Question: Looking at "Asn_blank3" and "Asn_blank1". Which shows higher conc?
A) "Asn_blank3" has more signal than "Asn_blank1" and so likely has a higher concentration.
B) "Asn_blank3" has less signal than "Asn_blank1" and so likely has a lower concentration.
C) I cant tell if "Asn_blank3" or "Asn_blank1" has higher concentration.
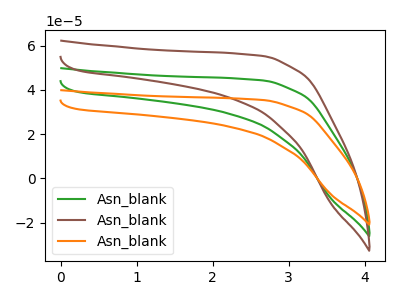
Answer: <think>The green curve "Asn_blank1" has no peaks. The brown curve "Asn_blank2" has no peaks. The orange curve "Asn_blank3" has no peaks.
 Neither "Asn_blank3" or "Asn_blank1" have any peaks.</think>
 <answer>C) I cant tell if "Asn_blank3" or "Asn_blank1" has higher concentration.</answer>
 <eval>C</eval>